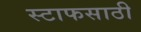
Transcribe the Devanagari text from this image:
स्टाफसाठी